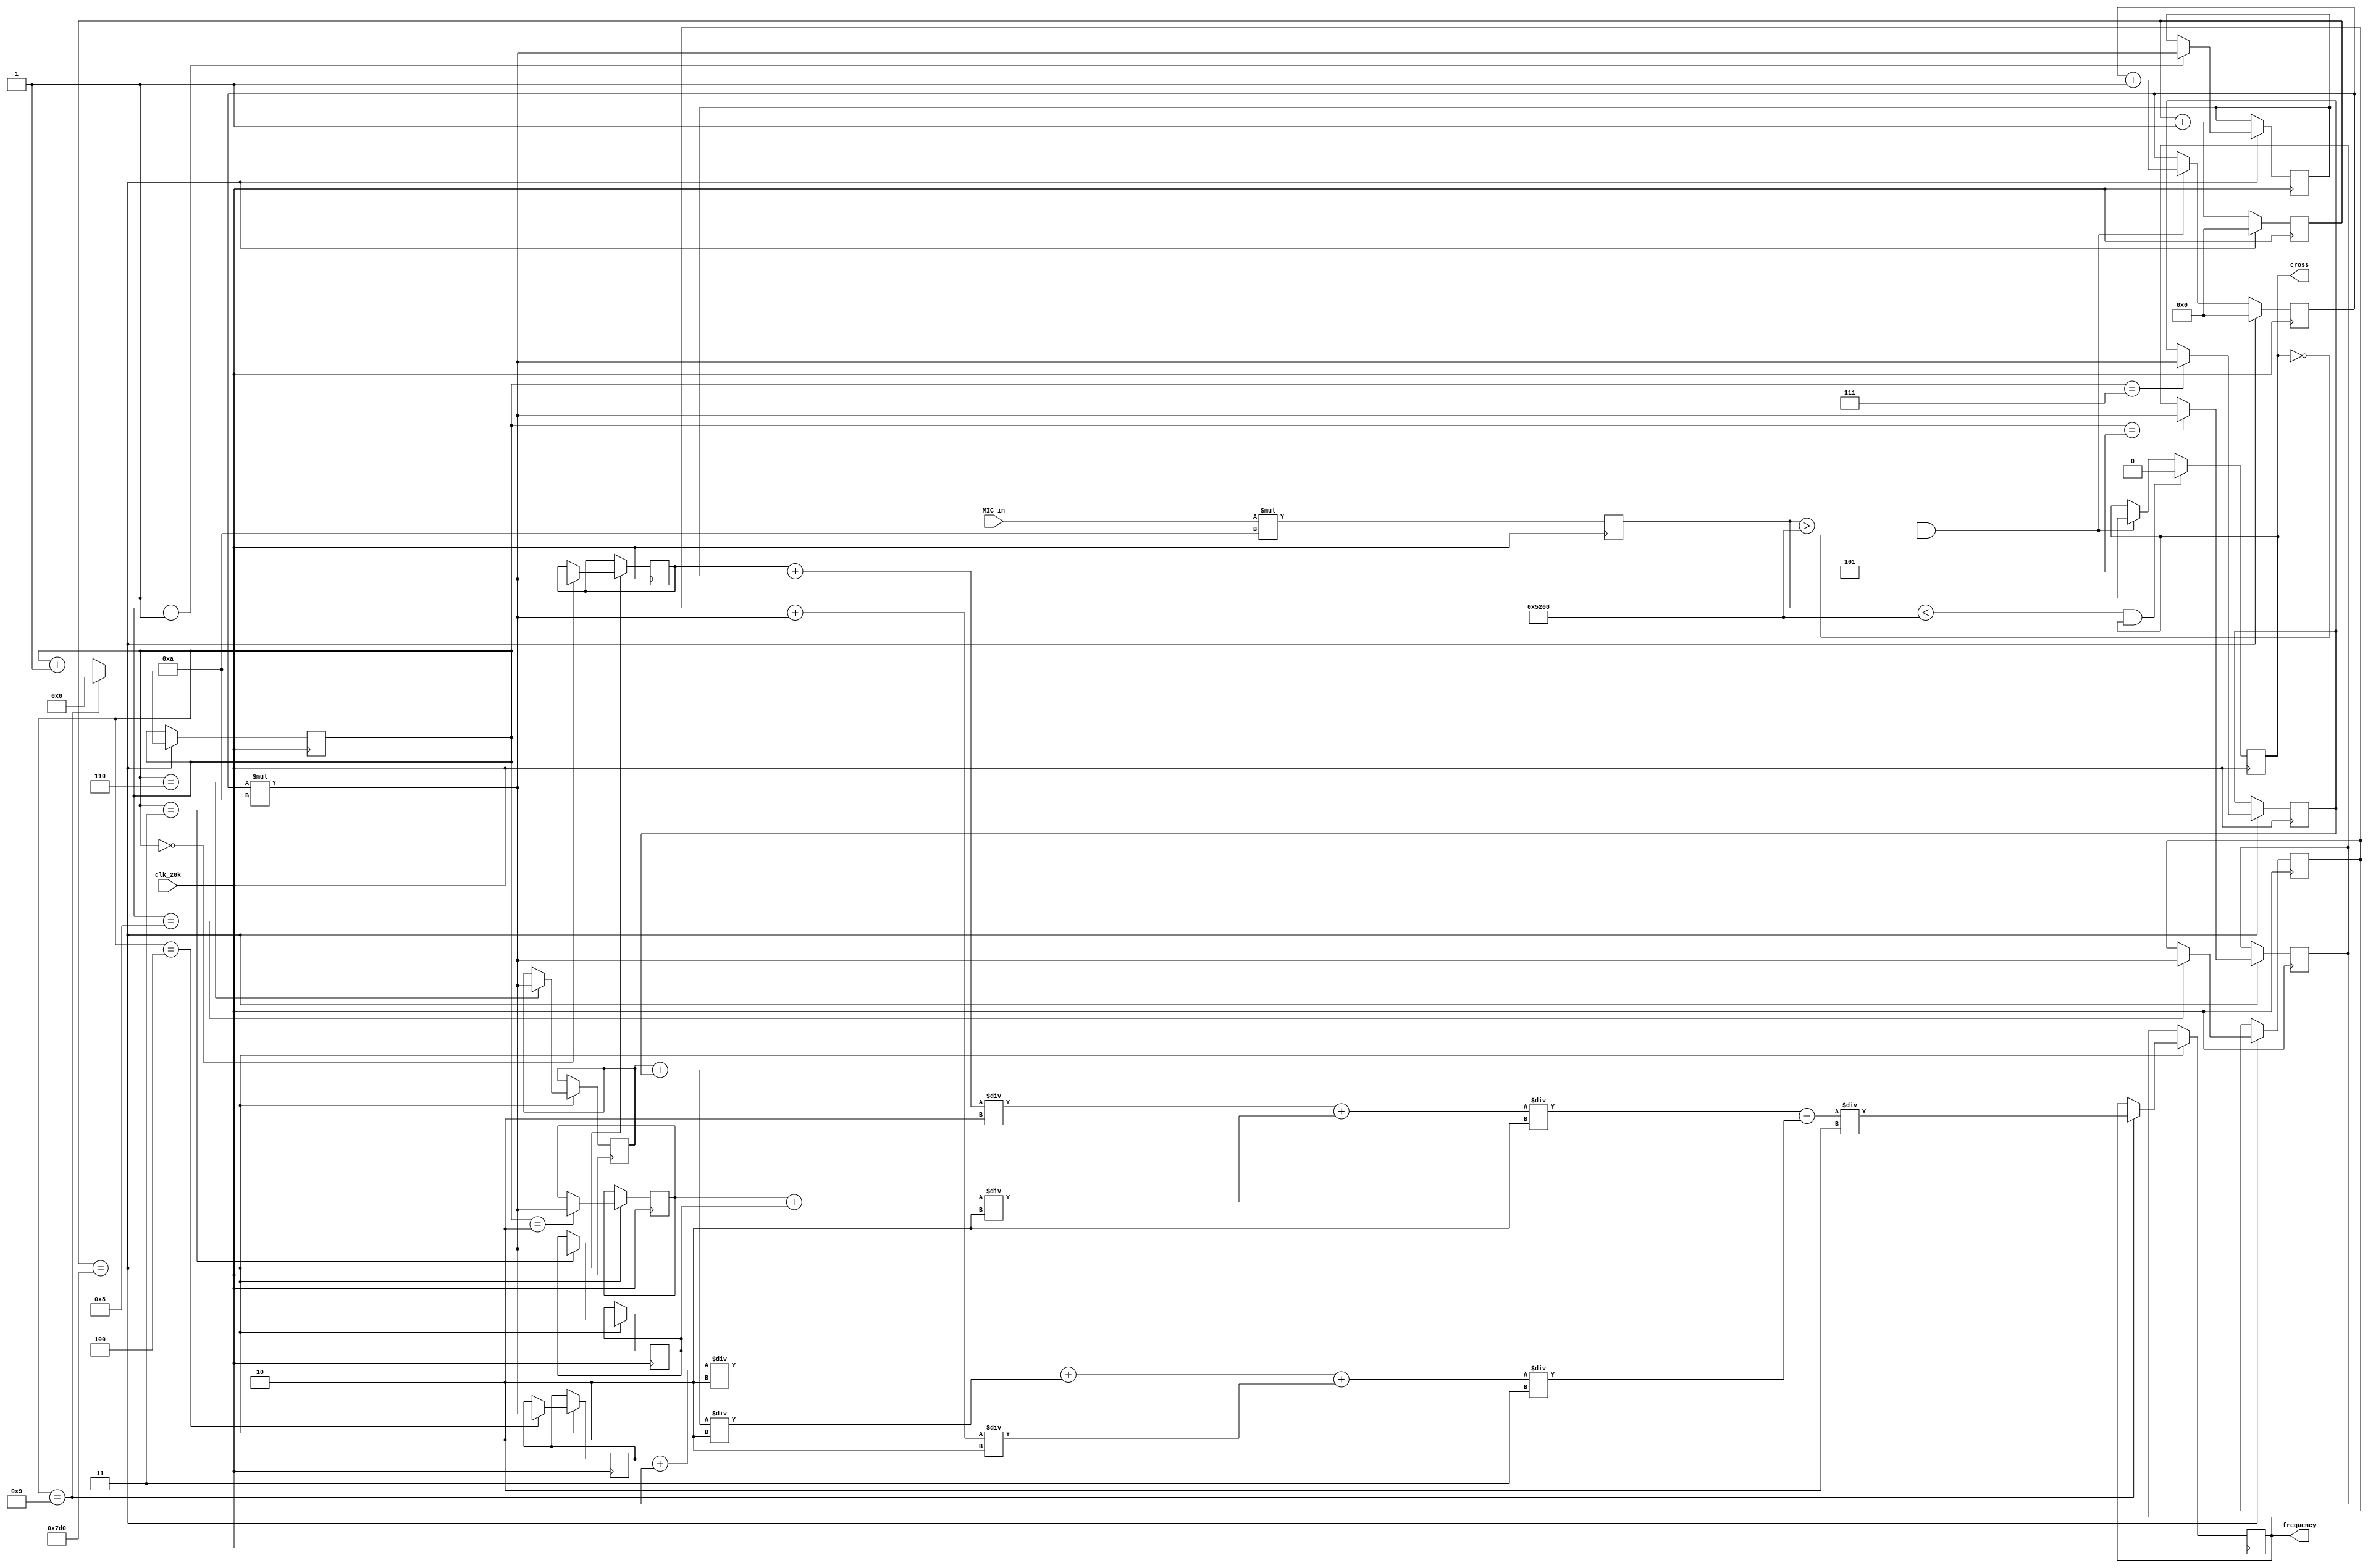
`timescale 1ns / 1ps
//////////////////////////////////////////////////////////////////////////////////
// Company: 
// Engineer: 
// 
// Design Name: 
// Module Name: FrequencyIndicator
// Project Name: 
// Target Devices: 
// Tool Versions: 
// Description: 
// 
// Dependencies: 
// 
// Revision:
// Revision 0.01 - File Created
// Additional Comments:
// 
//////////////////////////////////////////////////////////////////////////////////


module FrequencyIndicator(
    input [11:0] MIC_in,
    input clk_20k,
    output reg cross = 0,
    output reg[31:0] frequency
    );
    reg[31:0] timer = 0;
    reg[31:0] count = 0;
    reg[31:0] multiply = 0;
    reg[3:0] sample_state = 0;
    reg[31:0] sample1 = 0;
    reg[31:0] sample2 = 0;
    reg[31:0] sample3 = 0;
    reg[31:0] sample4 = 0;
    reg[31:0] sample5 = 0;
    reg[31:0] sample6 = 0;
    reg[31:0] sample7 = 0;
    reg[31:0] sample8 = 0;
    reg[31:0] sample9 = 0;
    reg[31:0] sample10 = 0;
    
    reg[31:0] average1 = 0;
    reg[31:0] average2 = 0;
    reg[31:0] average3 = 0;
    reg[31:0] average4 = 0;
    reg[31:0] average5 = 0;
    reg[31:0] average6 = 0;
    reg[31:0] average7 = 0;
    
    always@ (posedge clk_20k) begin
    multiply <= MIC_in * 10;
    timer <= (timer == 2000) ? 0:timer+1;
        if(multiply > 21000 && cross == 0) begin
            cross <= 1;
            count <= count + 1;
        end
        if(multiply < 21000 && cross == 1) begin
            cross <= 0;
        end
        if(timer == 2000) begin
            case(sample_state)
            4'b0000: begin
                sample1 <= count*10;
            end
            4'b0001: begin
                sample2 <= count*10;
            end
            4'b0010: begin
                sample3 <= count*10;
            end
            4'b0011: begin
                sample4 <= count*10;
            end
            4'b0100: begin
                sample5 <= count*10;
            end
            4'b0101: begin
                sample6 <= count*10;
            end
            4'b0110: begin
                sample7 <= count*10;
            end
            4'b0111: begin
                sample8 <= count*10;
            end
            4'b1000: begin
                sample9 <= count*10;
            end
            4'b1001: begin
                sample10 = count*10;
                average1 = (sample1 + sample2)/2;
                average2 = (sample3 + sample4)/2;
                average3 = (sample5 + sample6)/2;
                average4 = (sample7 + sample8)/2;
                average5 = (sample9 + sample10)/2;
                average6 = (average1 + average2)/2;
                average7 = (average3 + average4 + average5)/3;
                frequency = (average6 + average7)/2;
//                average8 <= (average5 + average6)/2;
//                average9 <= (average7 + average8)/2;
            end
            endcase
            count <= 0;
            sample_state <= (sample_state == 4'b1001) ? 0:sample_state + 1;
        end
    end    
endmodule